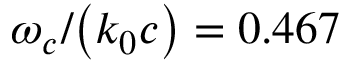
\omega _ { c } / { \left( k _ { 0 } c \right) } = 0 . 4 6 7